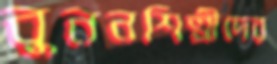
বুননশিল্পীদের